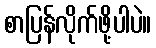
စာပြန်လိုက်ဖို့ပါပဲ။